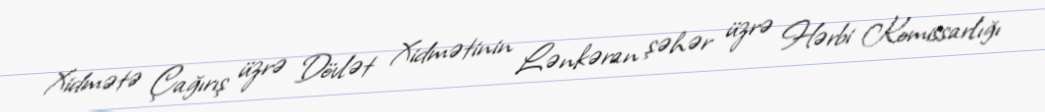
Xidmətə Çağırış üzrə Dövlət Xidmətinin Lənkəran şəhər üzrə Hərbi Komissarlığı